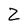
Character: Z